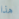
هذا